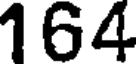
164